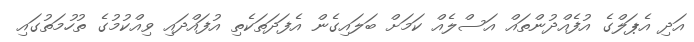
އަދި އެޕަލްގެ އުފެއްދުންތައް އަސްލެއް ކަމަށް ބަލައިގެން އެފަދަތަކެތި އުފައްދައި ވިއްކުމުގެ ތުހުމަތުގައި